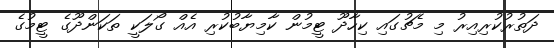
ދަތުރުކުރިއިރު މި މެޗުގައި ކިހާދޫ ޓީމުން ކާމިޔާބުކުރި އެއް ގޯލަކީ ތަކަންދޫގެ ޓީމުގެ